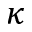
\kappa